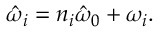
\hat { \omega } _ { i } = n _ { i } \hat { \omega } _ { 0 } + \omega _ { i } .